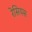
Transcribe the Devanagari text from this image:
रेसियस